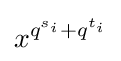
x^{q^{s_{i}}+q^{t_{i}}}